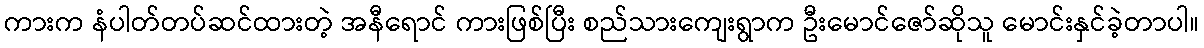
ကားက နံပါတ်တပ်ဆင်ထားတဲ့ အနီရောင် ကားဖြစ်ပြီး စည်သားကျေးရွာက ဦးမောင်ဇော်ဆိုသူ မောင်းနှင်ခဲ့တာပါ။